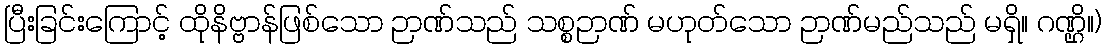
ပြီးခြင်းကြောင့် ထိုနိဗ္ဗာန်ဖြစ်သော ဉာဏ်သည် သစ္စဉာဏ် မဟုတ်သော ဉာဏ်မည်သည် မရှိ။ ဂဏ္ဌိ။)